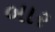
બાર